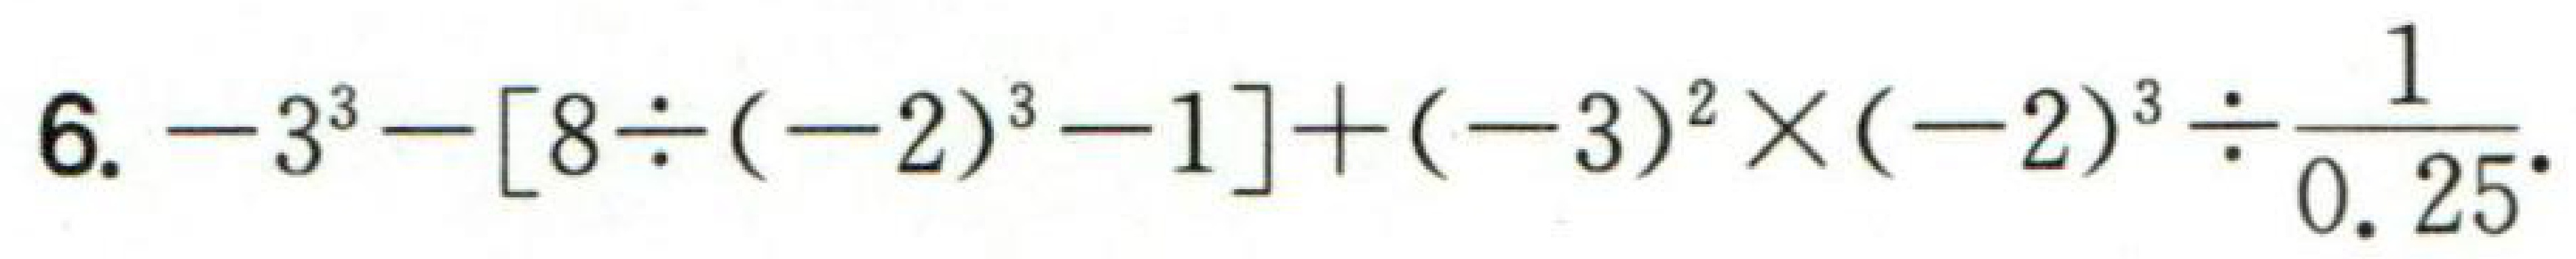
$6. - 3^{3}-[8\div(-2)^{3}-1]+(-3)^{2}\times(-2)^{3}\div\frac{1}{0.25}$